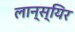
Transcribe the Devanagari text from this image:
लान्स्यिर